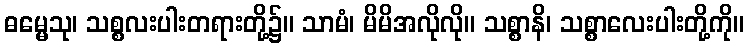
ဓမ္မေသု၊ သစ္စလးပါးတရားတို့၌။ သာမံ၊ မိမိအလိုလို။ သစ္စာနိ၊ သစ္စာလေးပါးတို့ကို။